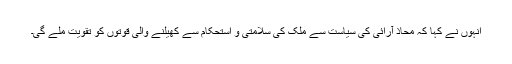
انہوں نے کہا کہ محاذ آرائی کی سیاست سے ملک کی سلامتی و استحکام سے کھیلنے والی قوتوں کو تقویت ملے گی۔